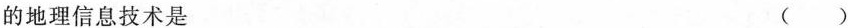
的地理信息技术是 ( )